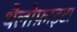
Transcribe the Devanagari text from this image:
थैलोफ़ाइटा